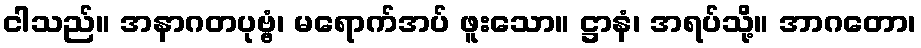
ငါသည်။ အနာဂတပုဗ္ဗံ၊ မရောက်အပ် ဖူးသော။ ဋ္ဌာနံ၊ အရပ်သို့။ အာဂတော၊